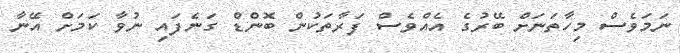
ނަމަވެސް މިހާތަނަށް ބޭރުގެ އެއްވެސް ފަރާތަކުން ބޮންޑް ގަނެފައި ނުވާ ކަމަށް އޭނާ